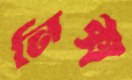
নিক্স